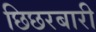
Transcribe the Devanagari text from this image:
छिछरबारी